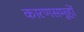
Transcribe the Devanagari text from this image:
कारणसमूहों